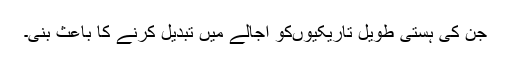
جن کی ہستی طویل تاریکیوںکو اجالے میں تبدیل کرنے کا باعث بنی۔